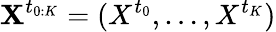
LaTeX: \textbf{X}^{t_{0:K}}=(X^{t_{0}},\ldots,X^{t_{K}})